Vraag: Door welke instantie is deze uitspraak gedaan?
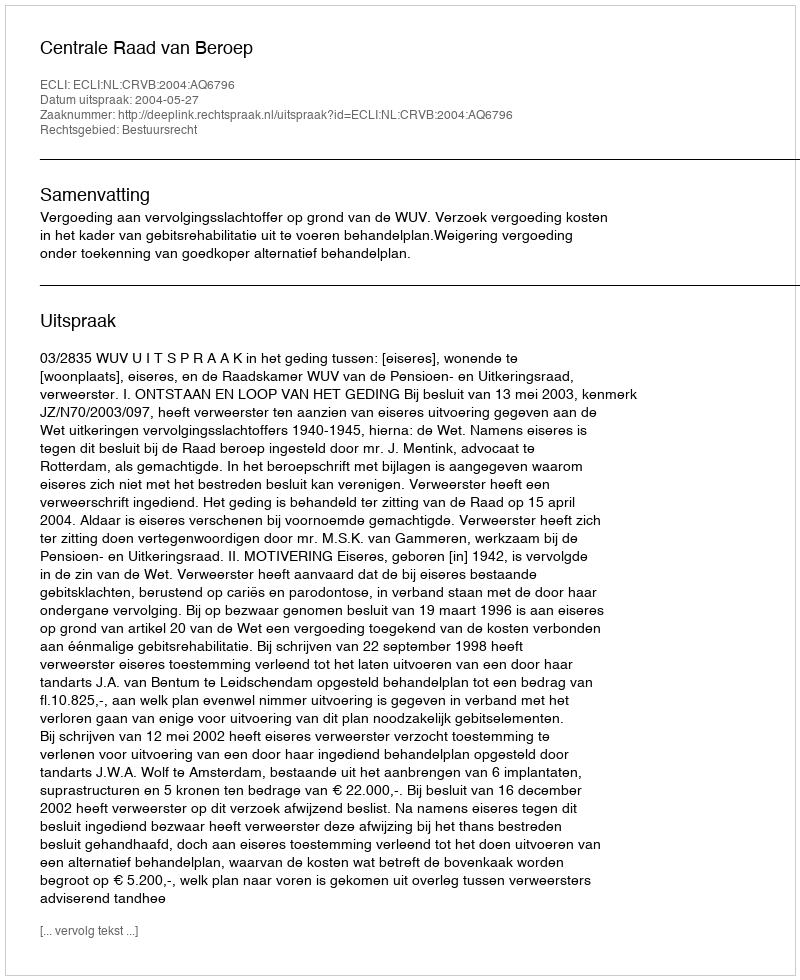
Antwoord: Centrale Raad van Beroep